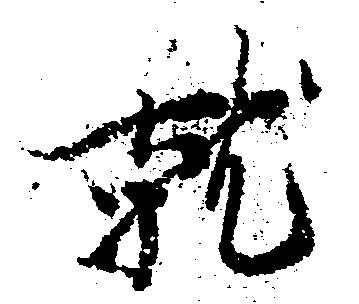
就